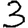
Digit: 3